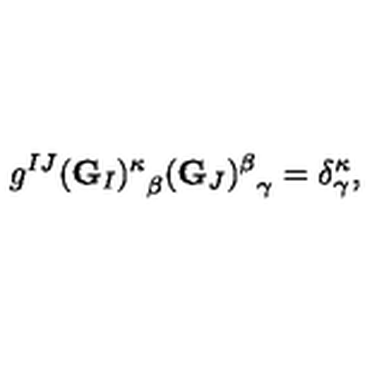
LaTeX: g ^ { I J } { ( { \bf G } _ { I } ) ^ { \kappa } } _ { \beta } { ( { \bf G } _ { J } ) ^ { \beta } } _ { \gamma } = \delta _ { \gamma } ^ { \kappa } ,